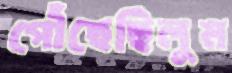
পৌঁছেছিলুম